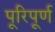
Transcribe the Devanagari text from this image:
पूरिपूर्ण